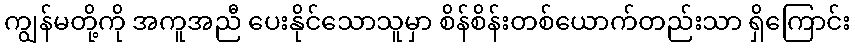
ကျွန်မတို့ကို အကူအညီ ပေးနိုင်သောသူမှာ စိန်စိန်းတစ်ယောက်တည်းသာ ရှိကြောင်း